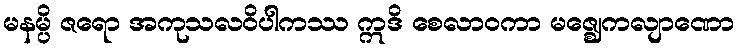
မနမ္ပိ ဇရော အကုသလဝိပါကဿ ဣဒိ စေလာဝကာ မဇ္ဈေကလျာဏော